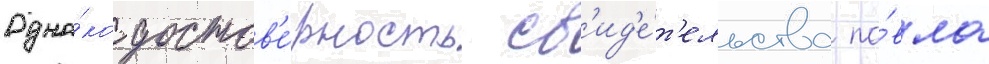
Одна́ко достов'е́рность св'ид'е́т'ельства па́вла